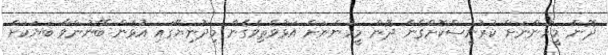
ދޮން މީހުންނަށް ކުރުނީސްކޮށްގެން ދޮން މީހުންނަށް އަޅުވެތިވެގެން މިދުނިޔޭގައި އުޅެން ބޭނުންވާ ބަޔަކަށް